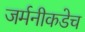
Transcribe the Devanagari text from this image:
जर्मनीकडेच